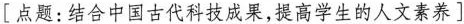
[点题：结合中国古代科技成果，提高学生的人文素养]